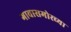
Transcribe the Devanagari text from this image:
गावासमोरच्या